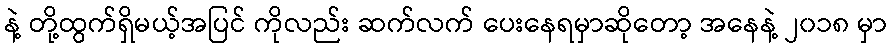
နဲ့ တို့ထွက်ရှိမယ့်အပြင် ကိုလည်း ဆက်လက် ပေးနေရမှာဆိုတော့ အနေနဲ့ ၂၀၁၈ မှာ